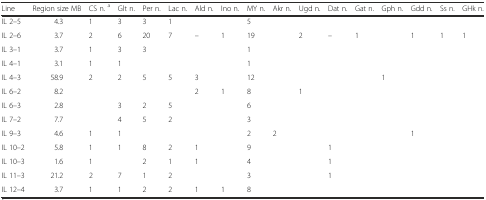
<table><thead><tr><td><b>Line</b></td><td><b>Region size MB</b></td><td><b>CS n. <sup>a</sup></b></td><td><b>Glt n.</b></td><td><b>Per n.</b></td><td><b>Lac n.</b></td><td><b>Ald n.</b></td><td><b>Ino n.</b></td><td><b>MY n.</b></td><td><b>Akr n.</b></td><td><b>Ugd n.</b></td><td><b>Dat n.</b></td><td><b>Gat n.</b></td><td><b>Gph n.</b></td><td><b>Gdd n.</b></td><td><b>Ss n.</b></td><td><b>GHk n.</b></td></tr></thead><tbody><tr><td>IL 2–5</td><td>4.3</td><td>1</td><td>3</td><td>3</td><td>1</td><td></td><td></td><td>5</td><td></td><td></td><td></td><td></td><td></td><td></td><td></td><td></td></tr><tr><td>IL 2–6</td><td>3.7</td><td>2</td><td>6</td><td>20</td><td>7</td><td>–</td><td>1</td><td>19</td><td></td><td>2</td><td>–</td><td>1</td><td></td><td>1</td><td>1</td><td>1</td></tr><tr><td>IL 3–1</td><td>3.7</td><td>1</td><td>3</td><td>3</td><td></td><td></td><td></td><td>1</td><td></td><td></td><td></td><td></td><td></td><td></td><td></td><td></td></tr><tr><td>IL 4–1</td><td>3.1</td><td>1</td><td>1</td><td></td><td></td><td></td><td></td><td>1</td><td></td><td></td><td></td><td></td><td></td><td></td><td></td><td></td></tr><tr><td>IL 4–3</td><td>58.9</td><td>2</td><td>2</td><td>5</td><td>5</td><td>3</td><td></td><td>12</td><td></td><td></td><td></td><td></td><td>1</td><td></td><td></td><td></td></tr><tr><td>IL 6–2</td><td>8.2</td><td></td><td></td><td></td><td></td><td>2</td><td>1</td><td>8</td><td></td><td>1</td><td></td><td></td><td></td><td></td><td></td><td></td></tr><tr><td>IL 6–3</td><td>2.8</td><td></td><td>3</td><td>2</td><td>5</td><td></td><td></td><td>6</td><td></td><td></td><td></td><td></td><td></td><td></td><td></td><td></td></tr><tr><td>IL 7–2</td><td>7.7</td><td></td><td>4</td><td>5</td><td>2</td><td></td><td></td><td>3</td><td></td><td></td><td></td><td></td><td></td><td></td><td></td><td></td></tr><tr><td>IL 9–3</td><td>4.6</td><td>1</td><td>1</td><td></td><td></td><td></td><td></td><td>2</td><td>2</td><td></td><td></td><td></td><td></td><td>1</td><td></td><td></td></tr><tr><td>IL 10–2</td><td>5.8</td><td>1</td><td>1</td><td>8</td><td>2</td><td>1</td><td></td><td>9</td><td></td><td></td><td>1</td><td></td><td></td><td></td><td></td><td></td></tr><tr><td>IL 10–3</td><td>1.6</td><td>1</td><td></td><td>2</td><td>1</td><td>1</td><td></td><td>4</td><td></td><td></td><td>1</td><td></td><td></td><td></td><td></td><td></td></tr><tr><td>IL 11–3</td><td>21.2</td><td>2</td><td>7</td><td>1</td><td>2</td><td></td><td></td><td>3</td><td></td><td></td><td>1</td><td></td><td></td><td></td><td></td><td></td></tr><tr><td>IL 12–4</td><td>3.7</td><td>1</td><td>1</td><td>2</td><td>2</td><td>1</td><td>1</td><td>8</td><td></td><td></td><td></td><td></td><td></td><td></td><td></td><td></td></tr></tbody></table>